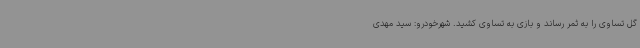
گل تساوی را به ثمر رساند و بازی به تساوی کشید. شهرخودرو: سید مهدی